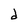
Character: d